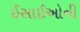
ઈસાઈઓની